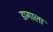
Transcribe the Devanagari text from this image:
डागाला